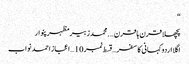
“
پچھلا قرن ہا قرن ….محمدزبیرمظہرپنوار
اگلا اردو کہانی کا سفر…قسط نمبر 10 … اعجاز احمد نواب